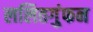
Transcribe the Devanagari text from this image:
ललितगुंफन